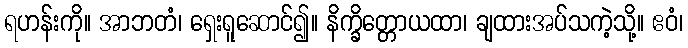
ရဟန်းကို။ အာဘတံ၊ ရှေးရူဆောင်၍။ နိက္ခိတ္တောယထာ၊ ချထားအပ်သကဲ့သို့။ ဧဝံ၊